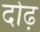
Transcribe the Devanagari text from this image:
दोढ़